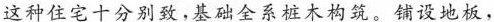
这种住宅十分别致，基础全系桩木构筑。铺设地板，